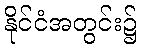
နိုင်ငံအတွင်း၌